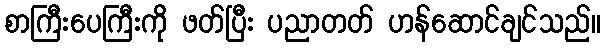
စာကြီးပေကြီးကို ဖတ်ပြီး ပညာတတ် ဟန်ဆောင်ချင်သည်။